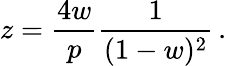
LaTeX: z={\frac{4w}{p}}{\frac{1}{(1-w)^{2}}}\, .